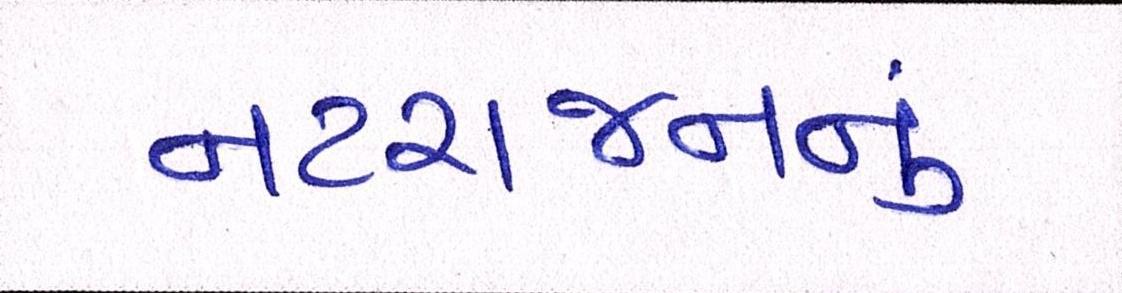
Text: નટરાજનનું